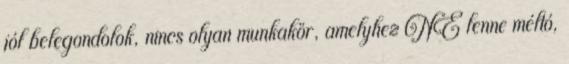
jól belegondolok, nincs olyan munkakör, amelyhez NE lenne méltó,